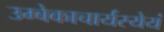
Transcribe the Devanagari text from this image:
उम्बेकाचार्यस्येयं